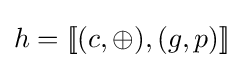
h=[\![(c,\oplus ),(g,p)]\!]